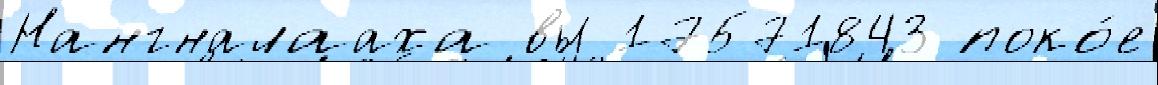
Нангналааха вы 17571843 поко́е